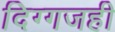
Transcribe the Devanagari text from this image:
दिग्गजही